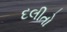
દલીતો